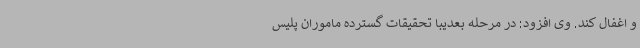
و اغفال کند. وی افزود: در مرحله بعدیبا تحقیقات گسترده ماموران پلیس